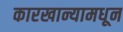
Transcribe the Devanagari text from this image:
कारखान्यामधून